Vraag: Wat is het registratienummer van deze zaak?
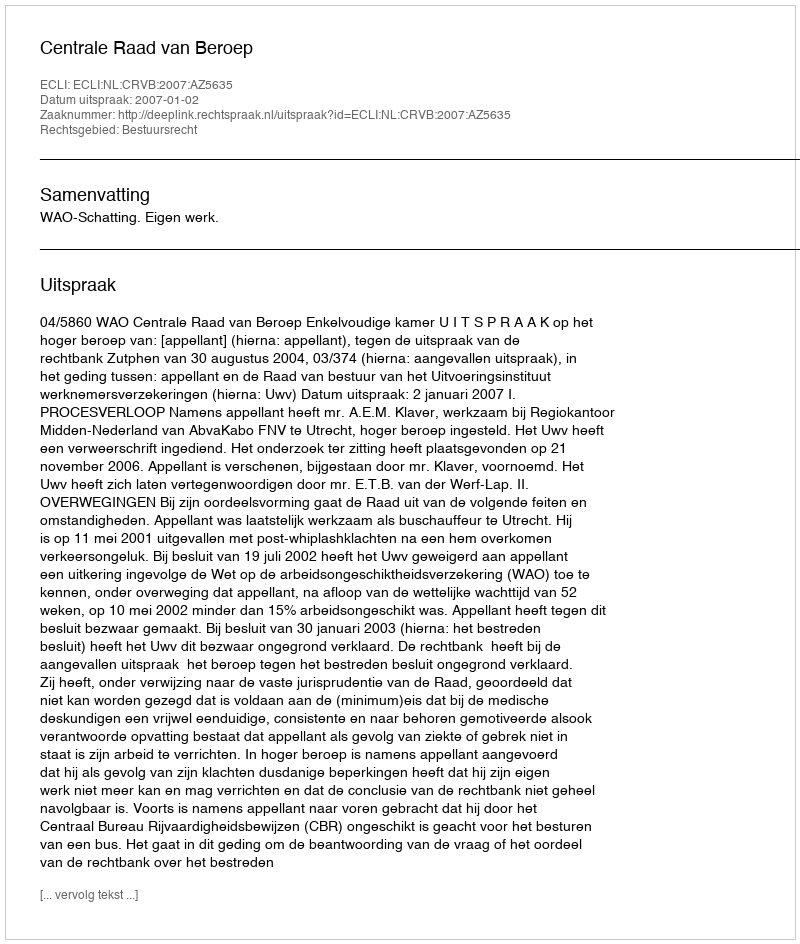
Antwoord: http://deeplink.rechtspraak.nl/uitspraak?id=ECLI:NL:CRVB:2007:AZ5635